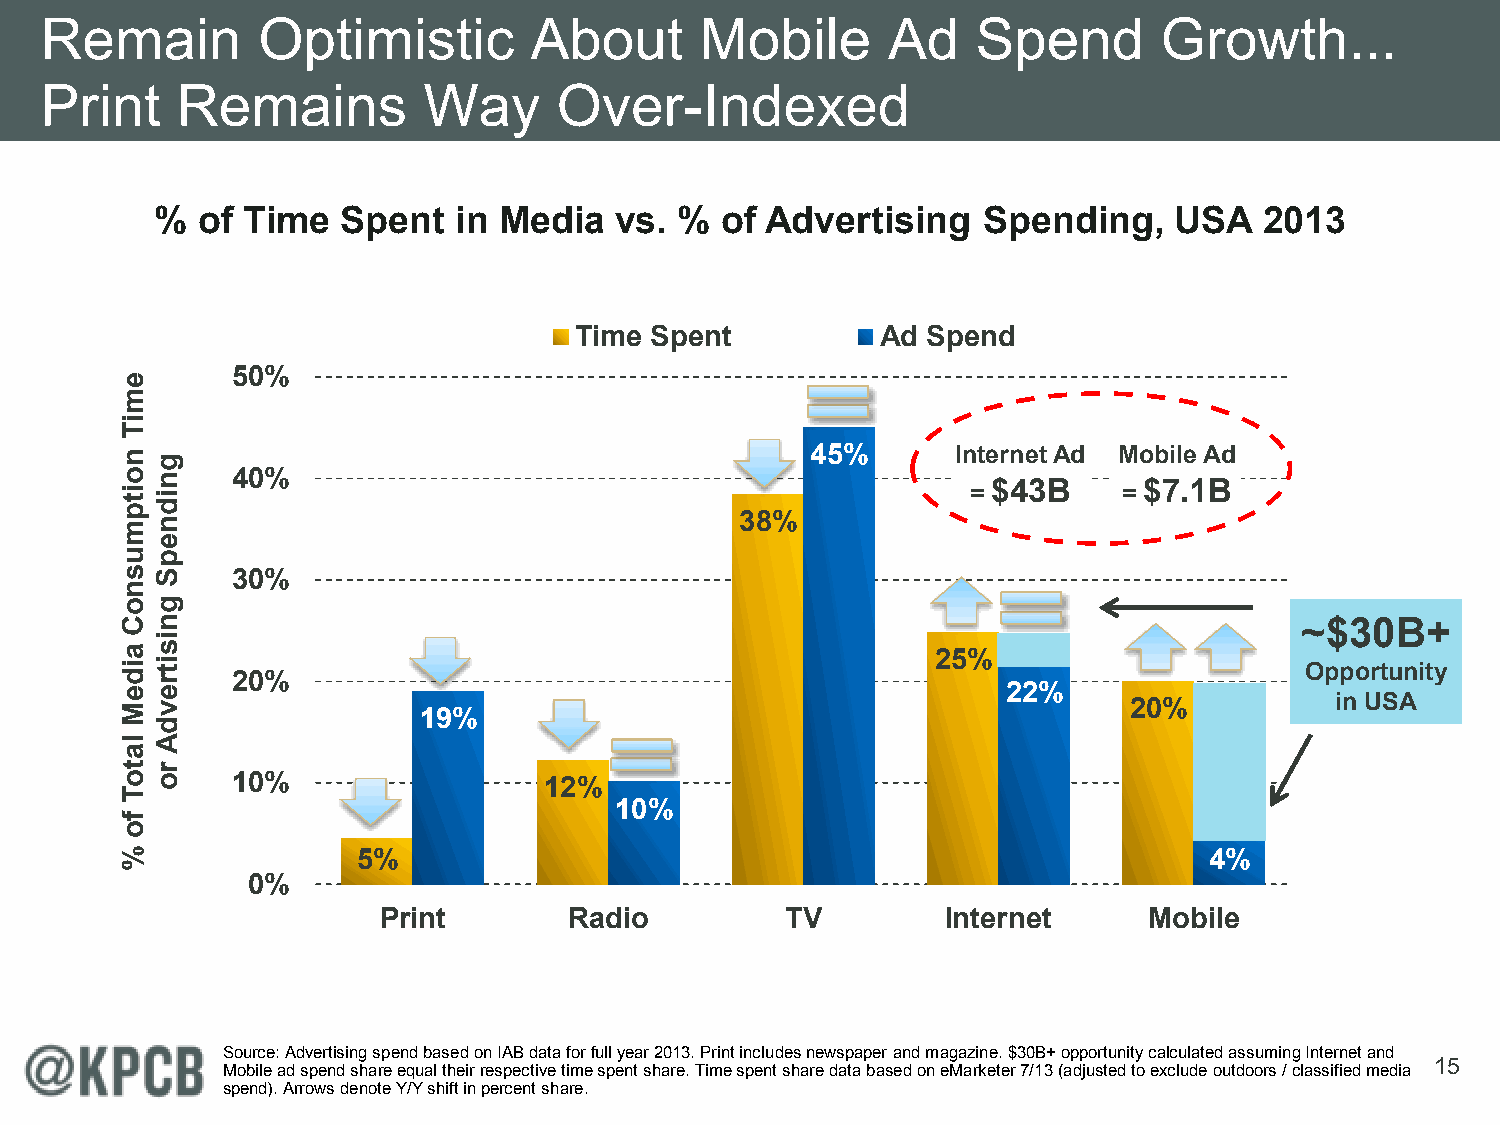
Remain        Optimistic        About      Mobile       Ad    Spend       Growth...
 Print    Remains         Way      Over-Indexed
 %  of Time   Spent  in Media   vs. %  of Advertising   Spending,    USA   2013
 Time Spent          Ad Spend
 50%
 45%      Internet Ad Mobile Ad
 40%
 $43B      $7.1B
 =         =
 38%
 30%
 ~$30B+
 25%
 Opportunity
 20%
 22%
 20%          in USA
 19%
 10%                  12%
 10%
 5%                                                      4%
 0%
 Print        Radio         TV         Internet     Mobile
 Source: Advertising spend based on IAB data for full year 2013. Print includes newspaper and magazine. $30B+ opportunity calculated assuming Internet and
 15
 Mobile ad spend share equal their respective time spent share. Time spent share data based on eMarketer 7/13 (adjusted to exclude outdoors / classified media
 spend). Arrows denote Y/Y shift in percent share.
 emiT
 noitpmusnoC
 aideM
 latoT
 fo
 %
 gnidnepS
 gnisitrevdA
 ro